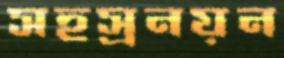
সহস্রনয়ন